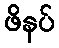
ဖိနပ်